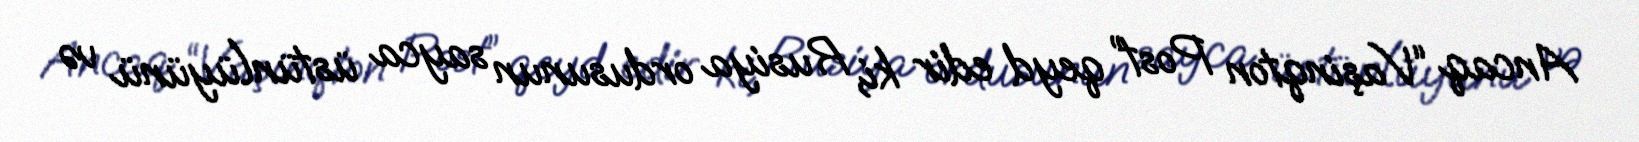
Ancaq “Vaşinqton Post” qeyd edir ki, Rusiya ordusunun sayca üstünlüyünü və